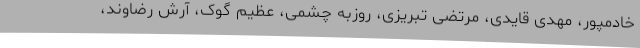
خادمپور، مهدی قایدی، مرتضی تبریزی، روزبه چشمی، عظیم گوک، آرش رضاوند،